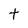
Character: T